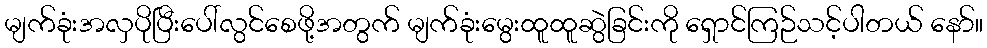
မျက်ခုံးအလှပိုပြီးပေါ်လွင်စေဖို့အတွက် မျက်ခုံးမွေးထူထူဆွဲခြင်းကို ရှောင်ကြဉ်သင့်ပါတယ် နော်။